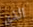
الذي